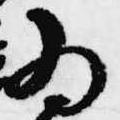
為